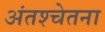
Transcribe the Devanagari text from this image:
अंतश्‍चेतना